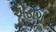
એડાગર